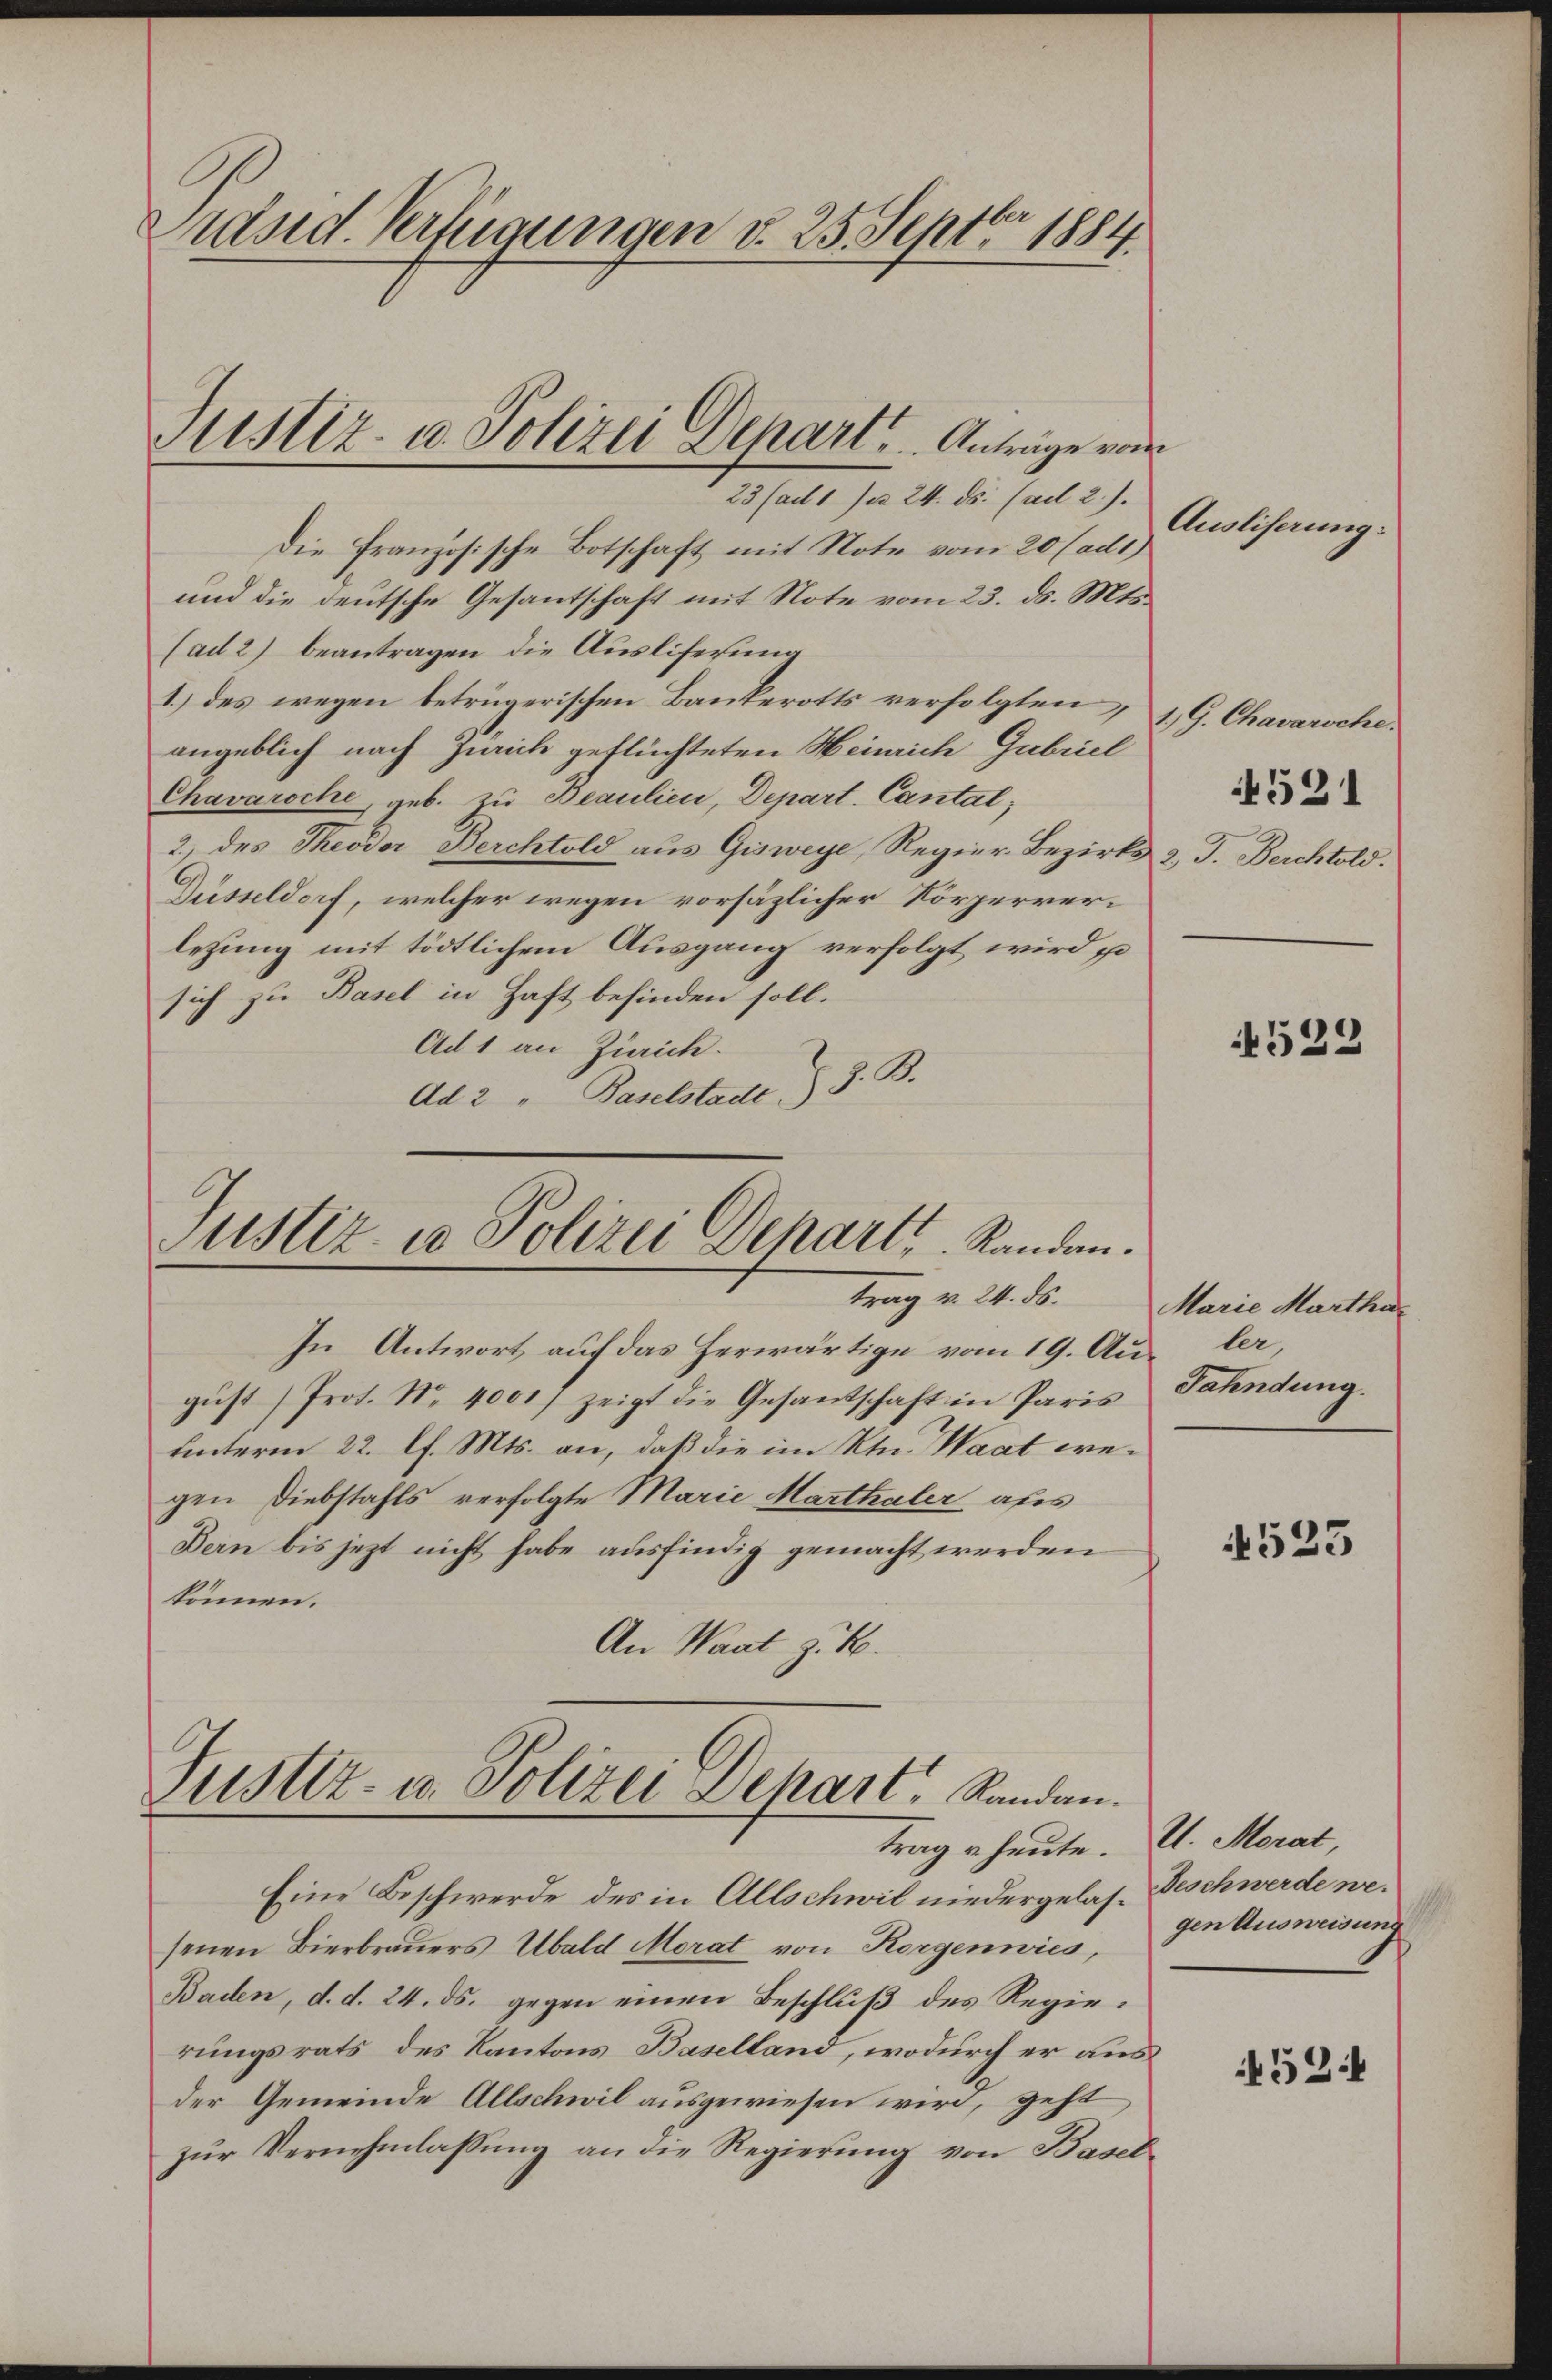
Präsid. Verfügungen d. 25. Septbr 1884.

Die französische Botschaft mit Note vom 20 (ad.)
und die deutsche Gesantschaft mit Note vom 23. ds. Mts.
(ad 2) beantragen die Auslieferung
1.) des wegen betrügerischen Bankerotts verfolgten,
angeblich nach Zürich geflüchteten Heinrich Gabriel
Chavaroche, geb. zu Beaulien, Depart. Cantal,
2., des Theodor Berchtold aus Gisweye, Regier Bezirks z. T. Berchtold.
Düsseldorf, welcher wegen vorsäzlicher Körperverletzung mit tödtlichem Ausgang verfolgt wird po
sich zu Basel in Haft befinden soll.
Ad 1 an Zürich.
Ad 2 " Baselstade, z. B.

Justiz- u. Polizei Depart. Anträge von

23 (ad 1 n 24. ds. (ad 2.).

Justiz- u Polizei Depart, Standen.
trag v. 24. ds.

In Antwort auf das Herwärtige vom 19. Ausler,
gust (Prot. No. 4001) zeigt die Gesandschaft in Paris
unterm 22. l. Mts. an, daß die im Ktn. Waat wegen Diebstahls verfolgte Marie Marthaler als
Bern bis jezt nicht habe ausfindig gemacht werden
können.
An Waat z. B.

Justiz- u. Polizei Dehart, Landan
trag u. heute. U. Morat,

Eine Beschwerde des in Allschwil niedergelas-Beschwerde nesenen Bierbrauers Ubald Morat von Korgenwies,
Baden, d. d. 24. ds. gegen einen Beschluß des Regierungsrats des Kantons Baselland, wodurch er aus
der Gemeinde Allschwil ausgewiesen wird, geht
zur Vernehmlassung an die Regierung von Basel

Ausliserung:

1. G. Chavarsche.

4521

523

Marie Martha¬
Fahndung.

4525

gen Ausweisung

452